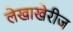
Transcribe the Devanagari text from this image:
लेखाखेरीज